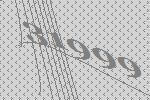
31999